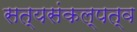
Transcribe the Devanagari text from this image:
सत्यसंकल्पत्व